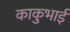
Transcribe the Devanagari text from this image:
काकुभाई